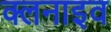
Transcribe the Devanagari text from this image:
क्लनाइव